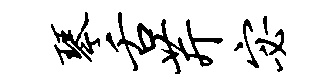
琴舌芹宓